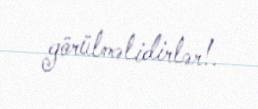
görülməlidirlər!.